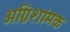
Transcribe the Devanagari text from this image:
अग्निशांमक